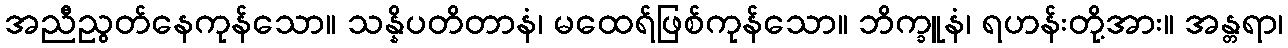
အညီညွတ်နေကုန်သော။ သန္နိပတိတာနံ၊ မထေရ်ဖြစ်ကုန်သော။ ဘိက္ခူနံ၊ ရဟန်းတို့အား။ အန္တရာ၊